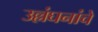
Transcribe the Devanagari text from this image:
उल्लंघनांचे